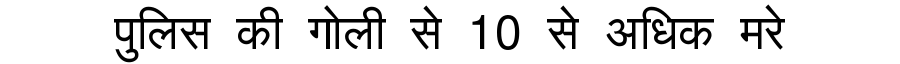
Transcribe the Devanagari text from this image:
पुलिस की गोली से 10 से अधिक मरे